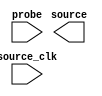

module Video_change (
	probe,
	source_clk,
	source);	

	input	[31:0]	probe;
	input		source_clk;
	output	[31:0]	source;
endmodule